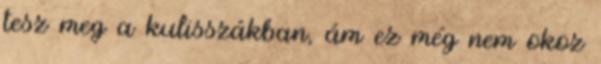
tesz meg a kulisszákban, ám ez még nem okoz